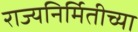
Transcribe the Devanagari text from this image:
राज्यनिर्मितीच्या